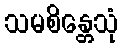
သမစိန္တေသုံ